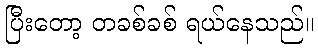
ပြီးတော့ တခစ်ခစ် ရယ်နေသည်။